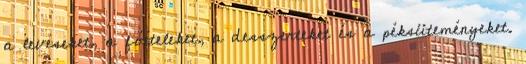
a leveseket, a főételeket, a desszerteket és a péksüteményeket.